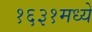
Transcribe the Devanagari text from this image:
१६३१मध्ये